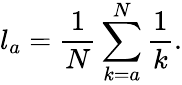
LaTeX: l_{a}=\frac{1}{N}\sum_{k=a}^{N}\frac{1}{k}.